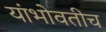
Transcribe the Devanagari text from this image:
यांभोवतीच